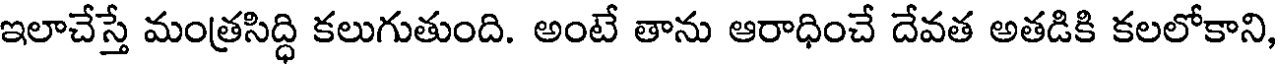
ఇలాచేస్తే మంత్రసిద్ధి కలుగుతుంది. అంటే తాను ఆరాధించే దేవత అతడికి కలలోకాని,